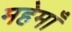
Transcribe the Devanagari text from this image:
महेमाँ